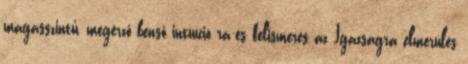
magasszintű, megérző benső intuíció rá-és felismerés az Igazságra elmerülés